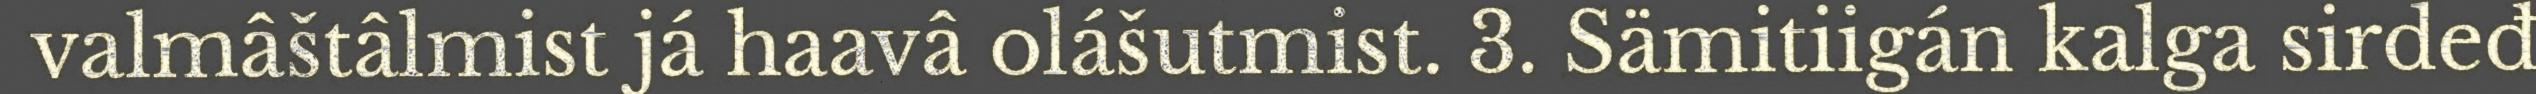
valmâštâlmist já haavâ olášutmist. 3. Sämitiigán kalga sirdeđ